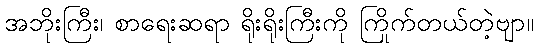
အဘိုးကြီး၊ စာရေးဆရာ ရိုးရိုးကြီးကို ကြိုက်တယ်တဲ့ဗျာ။